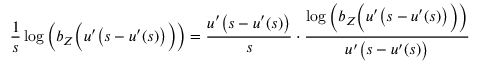
\frac { 1 } { s } \log \bigg ( b _ { Z } \Big ( u ^ { \prime } \big ( s - u ^ { \prime } ( s ) \big ) \Big ) \bigg ) = \frac { u ^ { \prime } \big ( s - u ^ { \prime } ( s ) \big ) } { s } \cdot \frac { \log \bigg ( b _ { Z } \Big ( u ^ { \prime } \big ( s - u ^ { \prime } ( s ) \big ) \Big ) \bigg ) } { u ^ { \prime } \big ( s - u ^ { \prime } ( s ) \big ) }